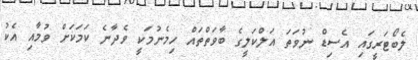
ލެބޯޓަރީގައި އެސިޑް ނުވަތަ އަލްކަލީގެ ބާވަތްތައް ހިމެނުމަކީ ވެދާނެ ކަމަކަށް ވުމާއި އެކު